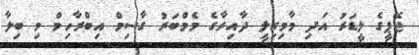
ޖޭޕީގެ ލީޑަރު އަދި މާމިގިލީ ދާއިރާގެ މެމްބަރު ގާސިމް އިބްރާހިމް މި ބިލާ